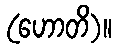
(ဟောတိ)။